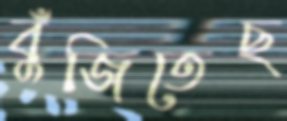
বুঁজিতেছ